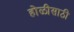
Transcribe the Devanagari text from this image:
होळीसाठी